Indian journal of veterinary science and animal husbandry - Volume 5,
Year: 1935
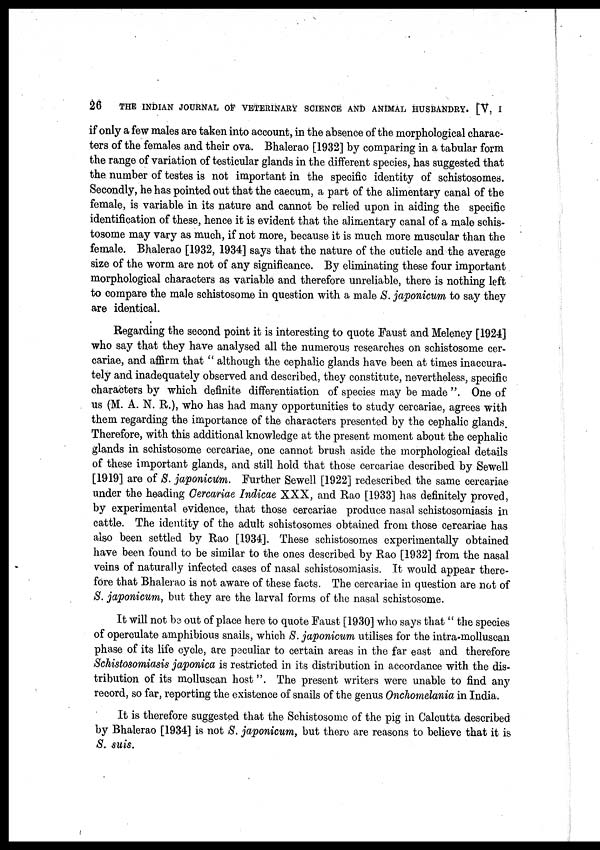
26
THE INDIAN JOURNAL OF VETERINARY SCIENCE AND ANIMAL HUSBANDRY. [V. I
if only a few males are taken into account, in the absence of the morphological charac-
ters of the females and their ova. Bhalerao [1932] by comparing in a tabular form
the range of variation of testicular glands in the different species, has suggested that
the number of testes is not important in the specific identity of schistosomes.
Secondly, he has pointed out that the caecum, a part of the alimentary canal of the
female, is variable in its nature and cannot be relied upon in aiding the specific
identification of these, hence it is evident that the alimentary canal of a male schis-
tosome may vary as much, if not more, because it is much more muscular than the
female. Bhalerao [1932, 1934] says that the nature of the cuticle and the average
size of the worm are not of any significance. By eliminating these four important
morphological characters as variable and therefore unreliable, there is nothing left
to compare the male schistosome in question with a male S. japonicum to say they
are identical.
Regarding the second point it is interesting to quote Faust and Meleney [1924]
who say that they have analysed all the numerous researches on schistosome cer-
cariae, and affirm that " although the cephalic glands have been at times inaccura-
tely and inadequately observed and described, they constitute, nevertheless, specific
characters by which definite differentiation of species may be made ". One of
us (M. A. N. R.), who has had many opportunities to study cercariae, agrees with
them regarding the importance of the characters presented by the cephalic glands.
Therefore, with this additional knowledge at the present moment about the cephalic
glands in schistosome cercariae, one cannot brush aside the morphological details
of these important glands, and still hold that those cercariae described by Sewell
[1919] are of S. japonicum. Further Sewell [1922] redescribed the same cercariae
under the heading Cercariae Indicae XXX, and Rao [1933] has definitely proved,
by experimental evidence, that those cercariae produce nasal schistosomiasis in
cattle. The identity of the adult schistosomes obtained from those cercariae has
also been settled by Rao [1934]. These schistosomes experimentally obtained
have been found to be similar to the ones described by Rao [1932] from the nasal
veins of naturally infected cases of nasal schistosomiasis. It would appear there-
fore that Bhalerao is not aware of these facts. The cercariae in question are not of
S. japonicum, but they are the larval forms of the nasal schistosome.
It will not be out of place here to quote Faust [1930] who says that " the species
of operculate amphibious snails, which S. japonicum utilises for the intra-molluscan
phase of its life cycle, are peculiar to certain areas in the far east and therefore
Schistosomiasis japonica is restricted in its distribution in accordance with the dis-
tribution of its molluscan host". The present writers were unable to find any
record, so far, reporting the existence of snails of the genus Onchomelania in India.
It is therefore suggested that the Schistosome of the pig in Calcutta described
by Bhalerao [1934] is not S. japonicum, but there are reasons to believe that it is
S. suis.